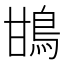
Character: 䲺